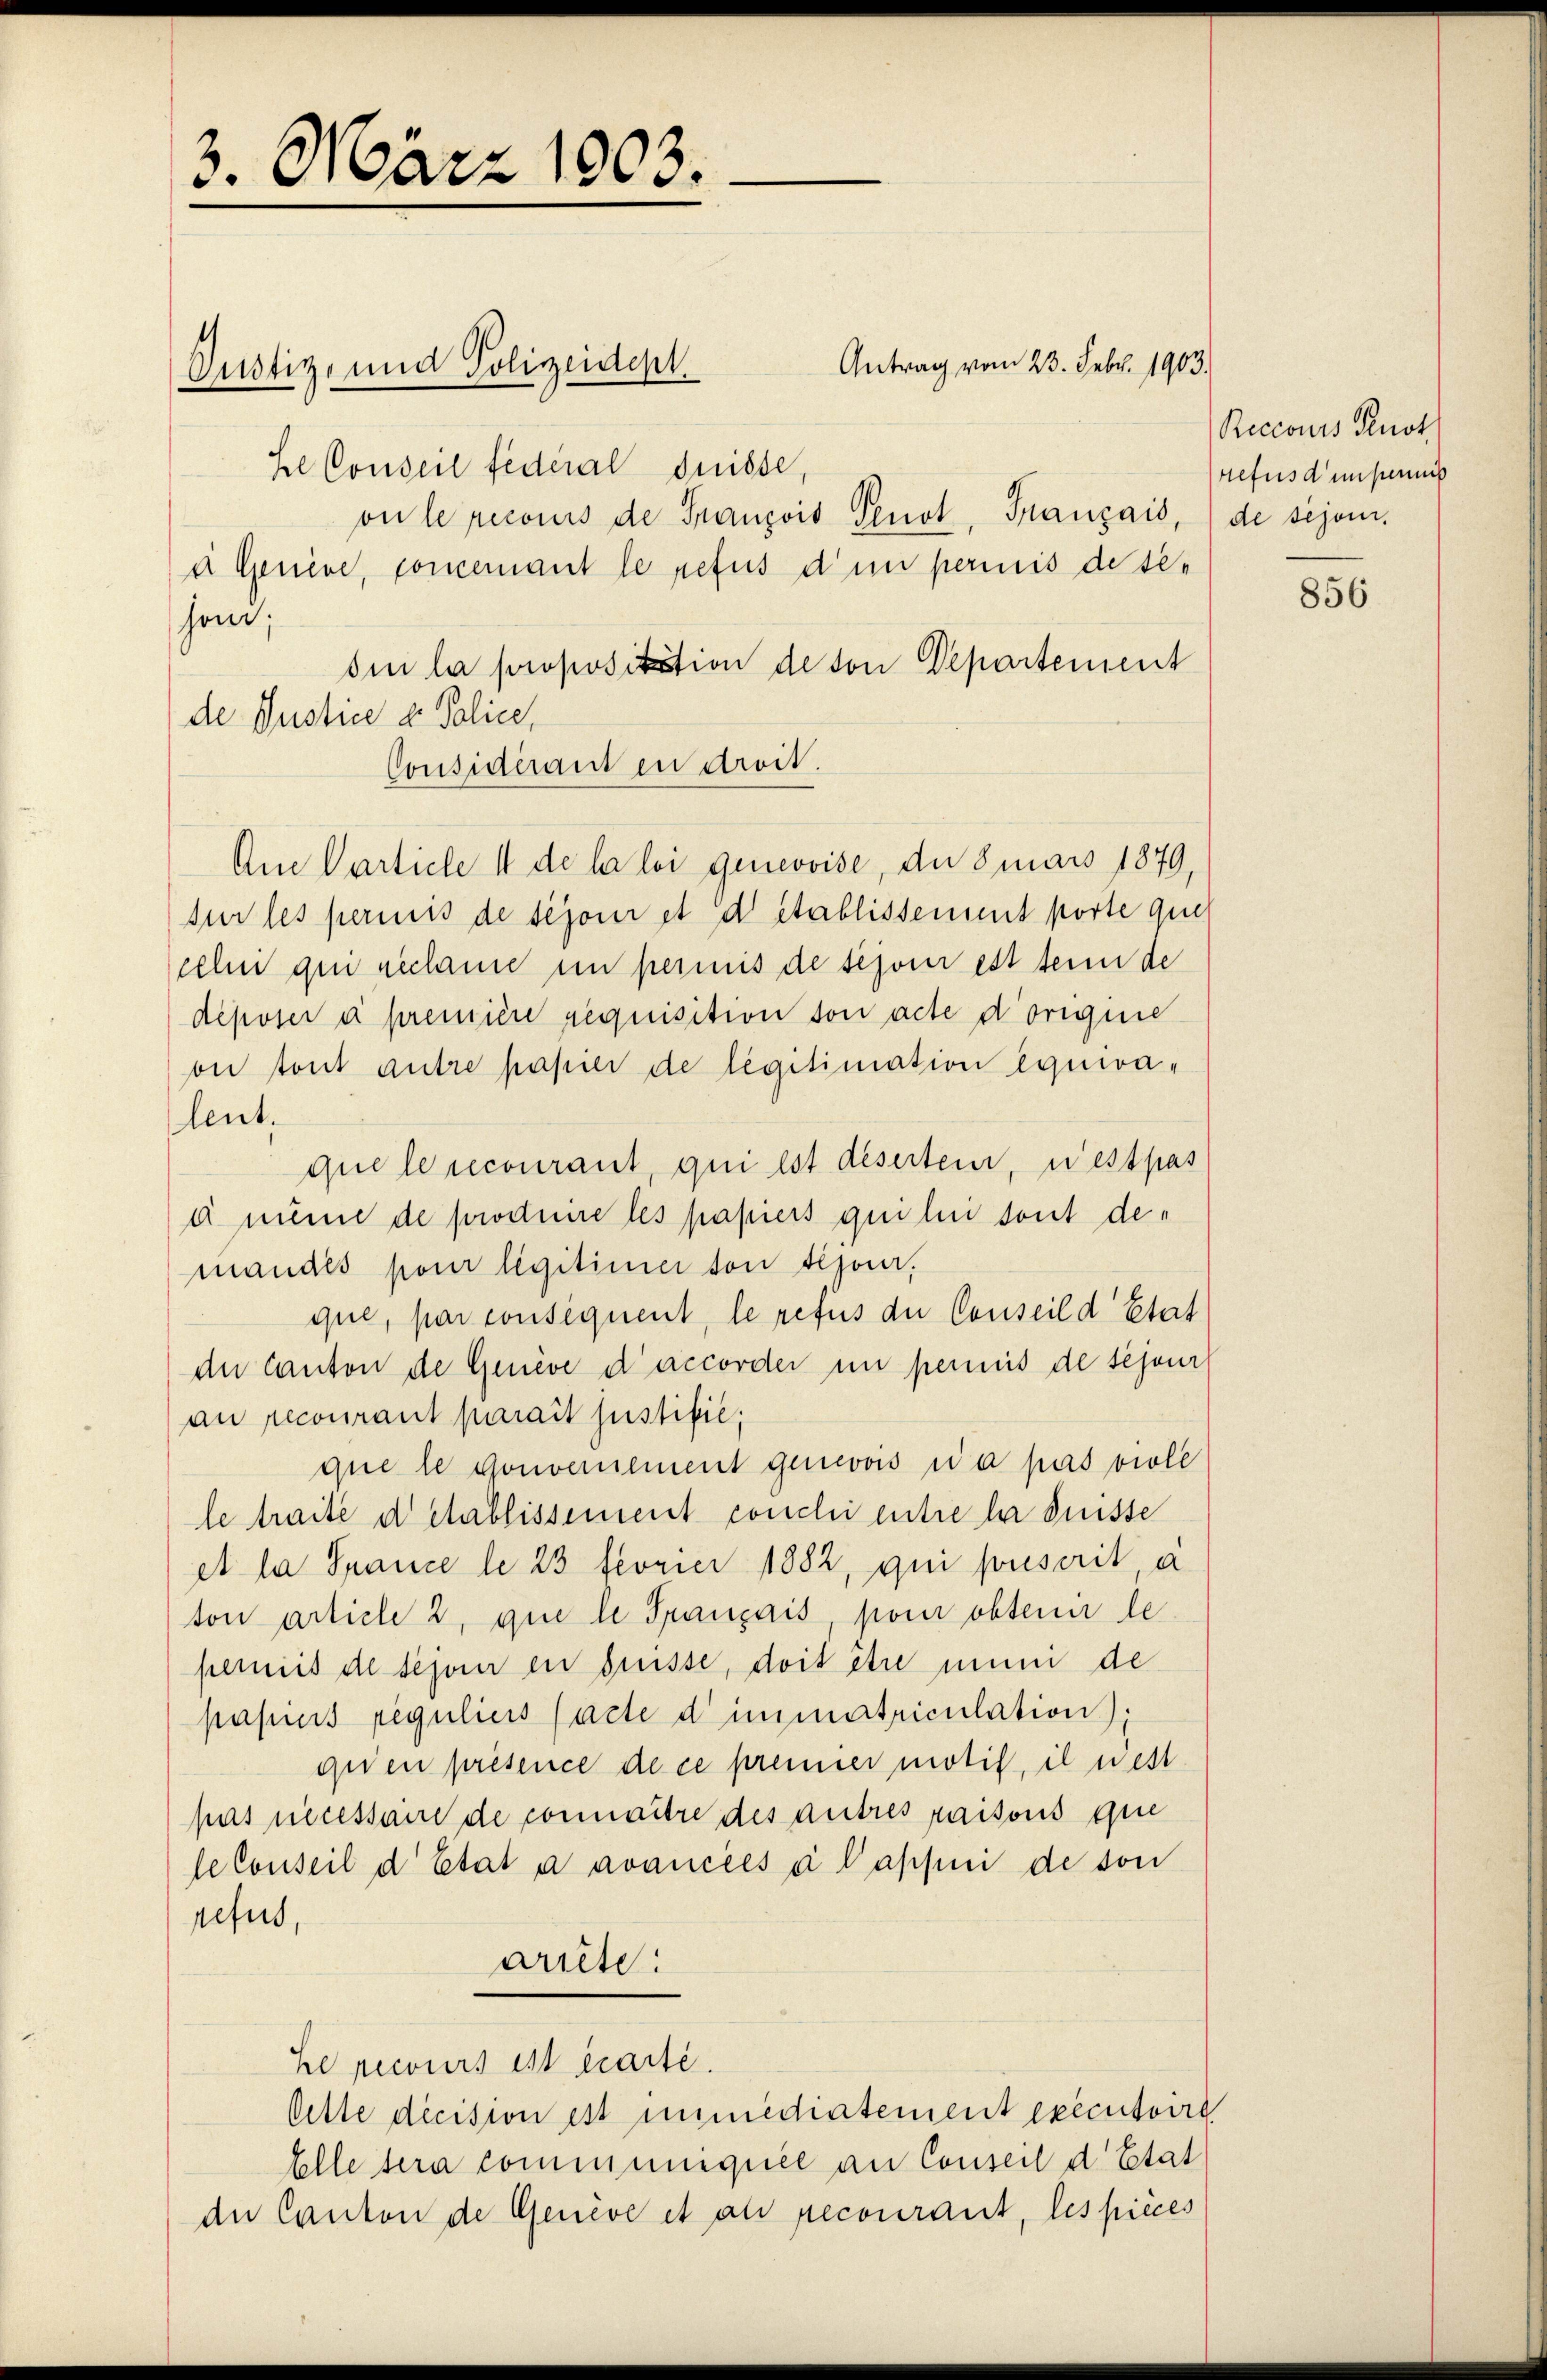
3. März 1903.

hen;
de Justice v. Police,

Justiz- und Polizeidept.

he Conseil fédéral Suisse,
on le recours de Franzois Genot, Français, de sejoni.
à Genere, concerant le refus d’un permis de sen
dui la propositation de von Departement
Considerant in droit.
Am Particle 1 de la loi genevoise, du mars 1879,
sur les permis de schon et d établissement porte ques
cehn qui reclame im permis de schon est sein de
déposer a première requisition son acte dorigine
oii tout antre papier de legitimation équivalent.
que le recourant, qui est deserten, west pas
d meine de prochere les papiers qui lui sont demandés pour legitimer son tesoer.
que, par consequent, le refus der Conseil d’Etat
an Canton de Genève d’accorder in permus de schöne
an recourant parait justifie,
que le Gouvernement genevois a pas viole
le traite detablissement conclii entre la Suisse
et la Sauce le 23 feorier 1882, qui prescrit, a
ton article 2, que le Prançais pour obtenir le
pernis de schon in brisse, doit être muni de
pasus regulicis facte dimmatriculation),
qu’en présence de ce premier motif, il nest
pas necessame de connaitre des autres raisons que
leConseil d’Etat à avancées a Pappni de son
refus,
artete.
he pecours est parte.
Oette decision est immediatement exécutoire
Elle sera communiquée an Conseil d. Etat
an Canton de Genève et au pecourant, les pièces

Antrag vom 23. Febr. 1903.

Reccours Fenst
refus dumpernis

856